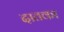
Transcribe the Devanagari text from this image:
दातका